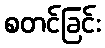
စတင်ခြင်း